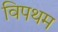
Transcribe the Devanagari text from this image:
विपथम